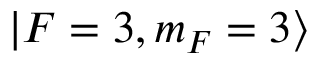
\vert F = 3 , m _ { F } = 3 \rangle